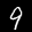
Label: 9